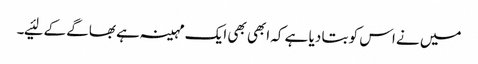
میں نے اس کو بتا دیا ہے کہ ابھی بھی ایک مہینہ ہے بھاگے کے لئیے۔